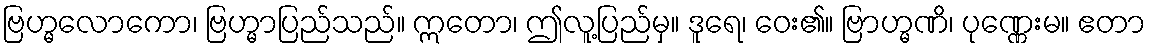
ဗြဟ္မလောကော၊ ဗြဟ္မာပြည်သည်။ ဣတော၊ ဤလူ့ပြည်မှ။ ဒူရေ၊ ဝေး၏။ ဗြာဟ္မဏိ၊ ပုဏ္ဏေးမ။ ဧတာ